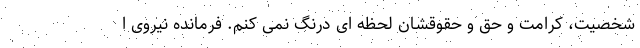
شخصیت، کرامت و حق و حقوقشان لحظه ای درنگ نمی کنم. فرمانده نیروی ا